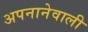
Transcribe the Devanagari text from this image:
अपनानेवाली